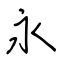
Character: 永